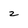
Character: z